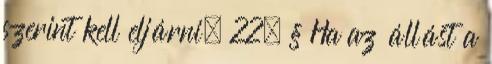
szerint kell eljárni. 22. § Ha az állást a